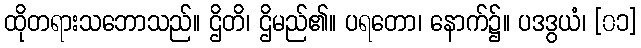
ထိုတရားသဘောသည်။ ဌိတိ၊ ဌိမည်၏။ ပရတော၊ နောက်၌။ ပဒဒွယံ၊ [၀၁]